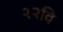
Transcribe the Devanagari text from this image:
२२वि